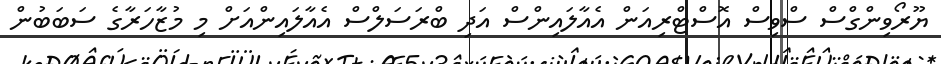
ޔޫރޯވިންގްސް ސްވިސް އޮސްޓްރިއަން އެއާލައިންސް އަދި ބްރަސަލްސް އެއާލައިންއަށް މި މުޒާހަރާގެ ސަބަބުން